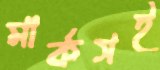
মার্কসই